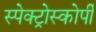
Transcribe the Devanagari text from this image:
स्‍पेक्‍ट्रोस्‍कोर्पी